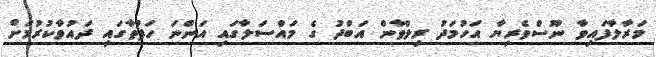
މަރާލާފައިވާ ނޫސްވެރިޔާ އަހުމަދު ރިލްވާން އަބްދު ގެ މައްސަލާގައި އަންނަ ހަފުތާގައި ދައުވާކުރުމަށް